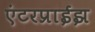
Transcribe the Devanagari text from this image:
एंटरप्राईझ